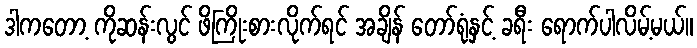
ဒါကတော့ ကိုဆန်းလွင် ဖိကြိုးစားလိုက်ရင် အချိန် တော်ရုံနှင့် ခရီး ရောက်ပါလိမ့်မယ်။